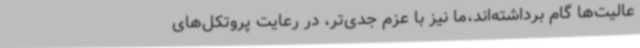
عالیت‌ها گام برداشته‌اند،ما نیز با عزم جدی‌تر، در رعایت پروتکل‌های